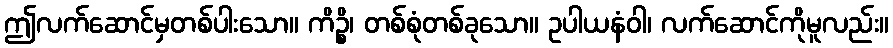
ဤလက်ဆောင်မှတစ်ပါးသော။ ကိဉ္စိ၊ တစ်စုံတစ်ခုသော။ ဥပါယနံဝါ၊ လက်ဆောင်ကိုမူလည်း။